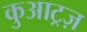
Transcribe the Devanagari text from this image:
कुआट्रज़